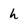
Character: h